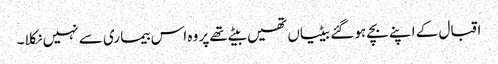
اقبال کے اپنے بچے ہو گئے بیٹیاں تھیں بیٹے تھے پر وہ اس بیما ری سے نہیں نکلا۔